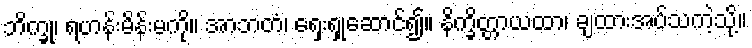
ဘိက္ခု၊ ရဟန်းမိန်းမကို။ အာဘတံ၊ ရှေးရှုဆောင်၍။ နိက္ခိတ္တာယထာ၊ ချထားအပ်သကဲ့သို့။